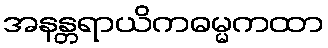
အနန္တရာယိကဓမ္မကထာ